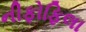
નીફોફિલા